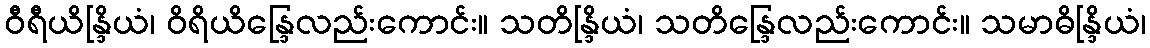
ဝီရီယိန္ဒြိယံ၊ ဝိရိယိန္ဒြေလည်းကောင်း။ သတိန္ဒြိယံ၊ သတိန္ဒြေလည်းကောင်း။ သမာဓိန္ဒြိယံ၊